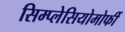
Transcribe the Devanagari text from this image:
सिम्प्लेसियोमोर्फी